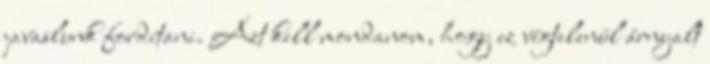
javaslunk fordítani. Azt kell mondanom, hogy ez végtelenül árnyalt